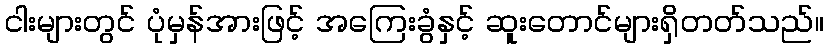
ငါးများတွင် ပုံမှန်အားဖြင့် အကြေးခွံနှင့် ဆူးတောင်များရှိတတ်သည်။